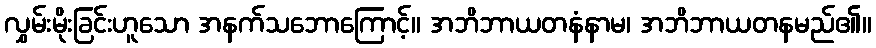
လွှမ်းမိုးခြင်းဟူသော အနက်သဘောကြောင့်။ အဘိဘာယတနံနာမ၊ အဘိဘာယတနမည်၏။